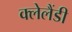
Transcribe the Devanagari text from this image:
क्लेलैंडी